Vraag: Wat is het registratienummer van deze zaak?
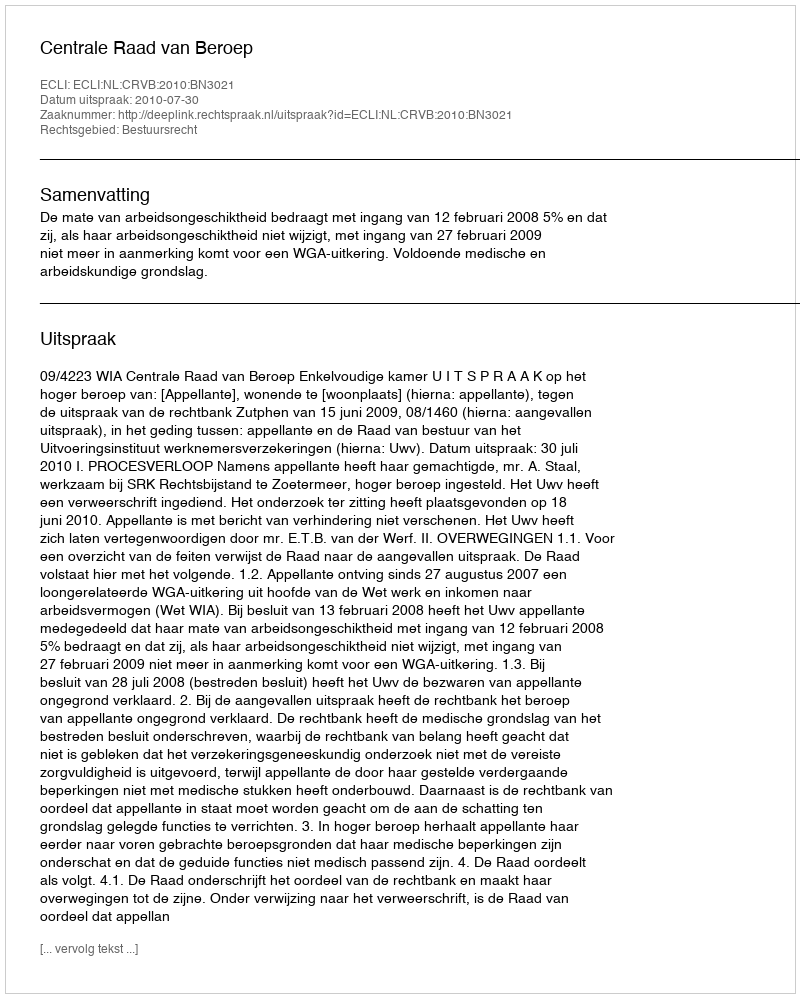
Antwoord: http://deeplink.rechtspraak.nl/uitspraak?id=ECLI:NL:CRVB:2010:BN3021